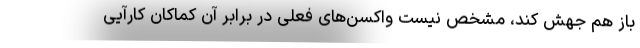
باز هم جهش کند، مشخص نیست واکسن‌های فعلی در برابر آن کماکان کارآیی